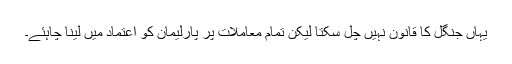
یہاں جنگل کا قانون نہیں چل سکتا لیکن تمام معاملات پر پارلیمان کو اعتماد میں لینا چاہئے۔